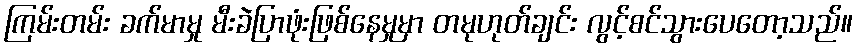
ကြမ်းတမ်း ခက်မာမှု မီးခဲပြာဖုံးဖြစ်နေမှုမှာ တမုဟုတ်ချင်း လွင့်စင်သွားပေတော့သည်။